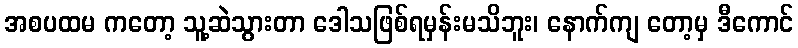
အစပထမ ကတော့ သူ့ဆဲသွားတာ ဒေါသဖြစ်ရမှန်းမသိဘူး၊ နောက်ကျ တော့မှ ဒီကောင်